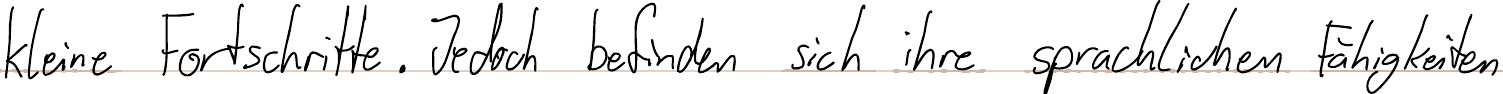
kleine Fortschritte. Jedoch befinden sich ihre sprachlichen Fähigkeiten